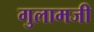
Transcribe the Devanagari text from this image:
गुलामजी